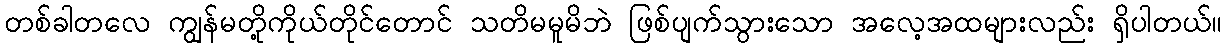
တစ်ခါတလေ ကျွန်မတို့ကိုယ်တိုင်တောင် သတိမမူမိဘဲ ဖြစ်ပျက်သွားသော အလေ့အထများလည်း ရှိပါတယ်။